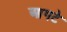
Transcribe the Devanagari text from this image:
आगटे